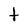
Character: t